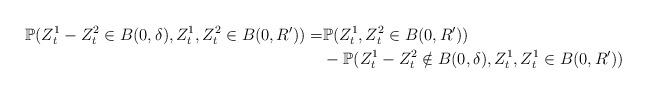
LaTeX: \begin{align*} \mathbb{P}( Z^1_t - Z^2_t \in B(0, \delta), Z^1_t, Z^2_t \in B(0, R')) =& \mathbb{P}( Z_t^1, Z_t^2 \in B(0,R'))\\ & - \mathbb{P}( Z^1_t - Z^2_t \notin B(0, \delta), Z^1_t, Z_t^1 \in B(0,R')) \end{align*}